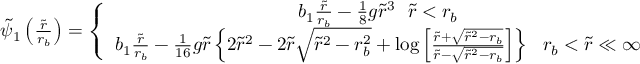
\begin{array} { r } { \tilde { \psi } _ { 1 } \left( \frac { \tilde { r } } { r _ { b } } \right) = \left\{ \begin{array} { c } { b _ { 1 } \frac { \tilde { r } } { r _ { b } } - \frac { 1 } { 8 } g \tilde { r } ^ { 3 } ~ ~ \tilde { r } < r _ { b } } \\ { b _ { 1 } \frac { \tilde { r } } { r _ { b } } - \frac { 1 } { 1 6 } g \tilde { r } \left\{ 2 \tilde { r } ^ { 2 } - 2 \tilde { r } \sqrt { \tilde { r } ^ { 2 } - r _ { b } ^ { 2 } } + \log \left[ \frac { \tilde { r } + \sqrt { \tilde { r } ^ { 2 } - r _ { b } } } { \tilde { r } - \sqrt { \tilde { r } ^ { 2 } - r _ { b } } } \right] \right\} ~ ~ r _ { b } < \tilde { r } \ll \infty } \end{array} \right. . } \end{array}